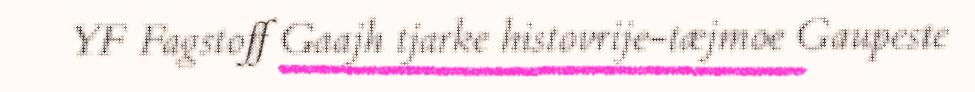
YF Fagstoff Gaajh tjarke histovrije-tæjmoe Gaupeste